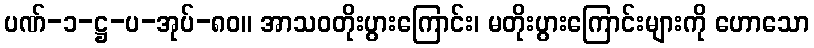
ပဏ်-၁-ဋ္ဌ-ပ-အုပ်-၈၀။ အာသဝတိုးပွားကြောင်း၊ မတိုးပွားကြောင်းများကို ဟောသော